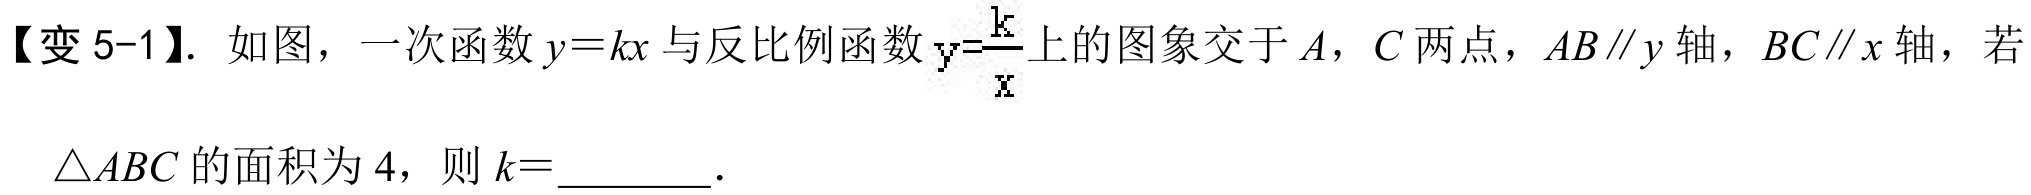
【变 5-1】. 如图，一次函数$y = kx$与反比例函数$y=\frac{k}{x}$的图象交于$A$，$C$两点，$AB\parallel y$轴，$BC\parallel x$轴，若
$\triangle ABC$的面积为$4$，则$k =$  ．